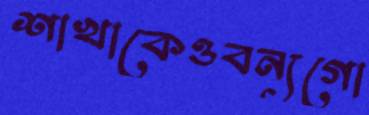
শাখাকেওবন্যগো